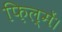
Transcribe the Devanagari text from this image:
फ़िल्में।